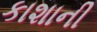
કાશાની